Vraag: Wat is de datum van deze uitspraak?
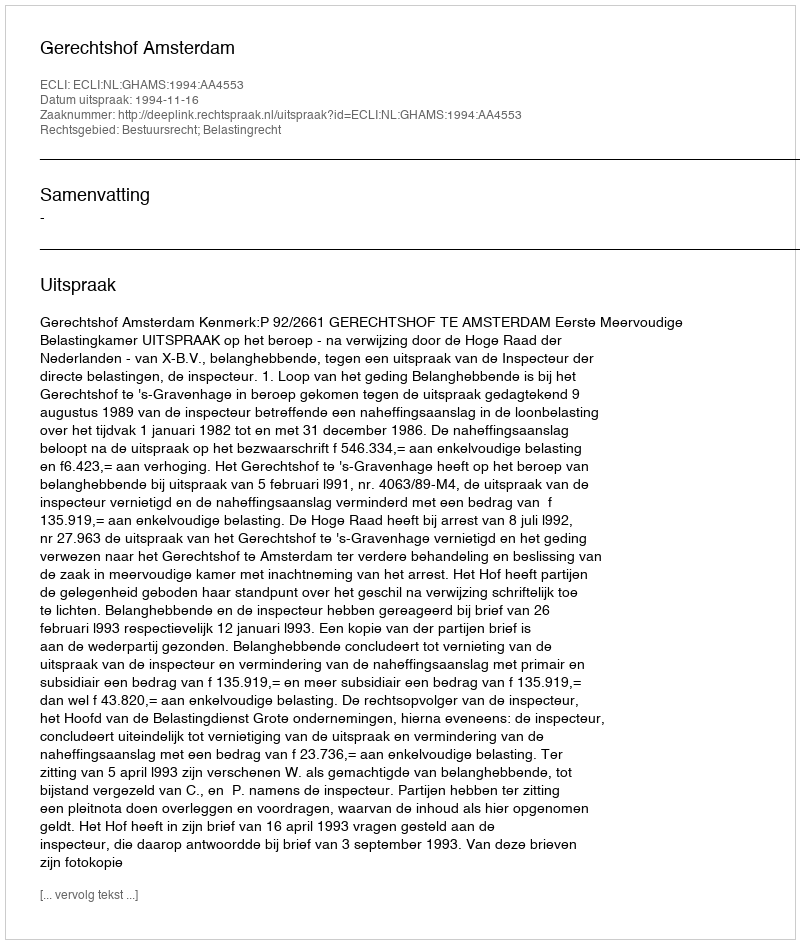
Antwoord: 1994-11-16